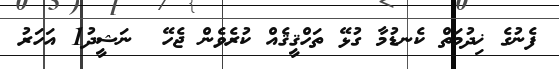
ފެނުގެ ޚިދުމަތް ކެނޑުމާ ގުޅޭ ތަހްޤީޤެއް ކުރެވެން ޖެހޭ  ނަޝީދު1 އަހަރު